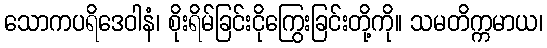
သောကပရိဒေဝါနံ၊ စိုးရိမ်ခြင်းငိုကြွေးခြင်းတို့ကို။ သမတိက္ကမာယ၊